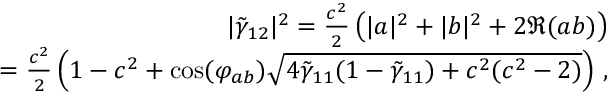
\begin{array} { r l r } & { } & { | \tilde { \gamma } _ { 1 2 } | ^ { 2 } = \frac { c ^ { 2 } } { 2 } \left( | a | ^ { 2 } + | b | ^ { 2 } + 2 \Re ( a b ) \right) } \\ & { } & { = \frac { c ^ { 2 } } { 2 } \left( 1 - c ^ { 2 } + \mathrm { c o s } ( \varphi _ { a b } ) \sqrt { 4 \tilde { \gamma } _ { 1 1 } ( 1 - \tilde { \gamma } _ { 1 1 } ) + c ^ { 2 } ( c ^ { 2 } - 2 ) } \right) \, , } \end{array}